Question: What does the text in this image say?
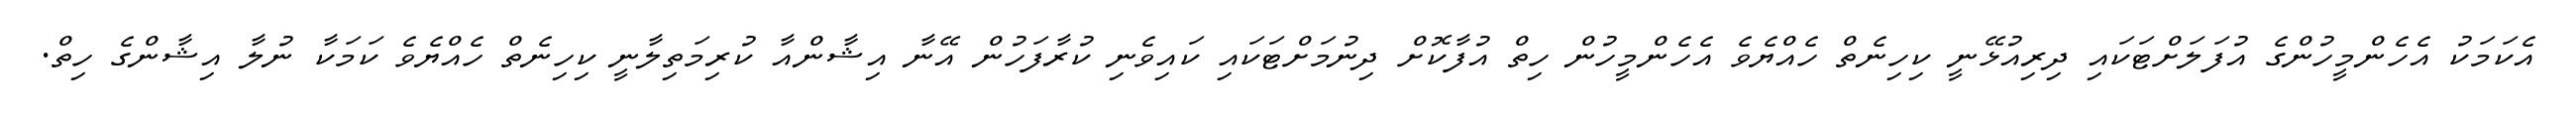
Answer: އެކަމަކު އެހެންމީހުންގެ އުފަލަށްޓަކައި ދިރިއުޅޭނީ ކިހިނެތް ހެއްޔެވެ އެހެންމީހުން ހިތް އުފާކޮށް ދިނުމަށްޓަކައި ކައިވެނި ކުރާފަހުން އޭނާ އިޝާންއާ ކުރިމަތިލާނީ ކިހިނެތް ހެއްޔެވެ ކަމަކާ ނުލާ އިޝާންގެ ހިތް.